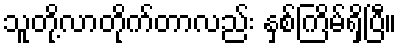
သူတို့လာတိုက်တာလည်း နှစ်ကြိမ်ရှိပြီ။